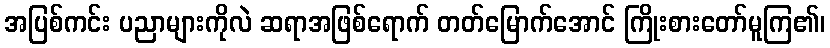
အပြစ်ကင်း ပညာများကိုလဲ ဆရာအဖြစ်ရောက် တတ်မြောက်အောင် ကြိုးစားတော်မူကြ၏၊